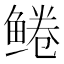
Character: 𫚠